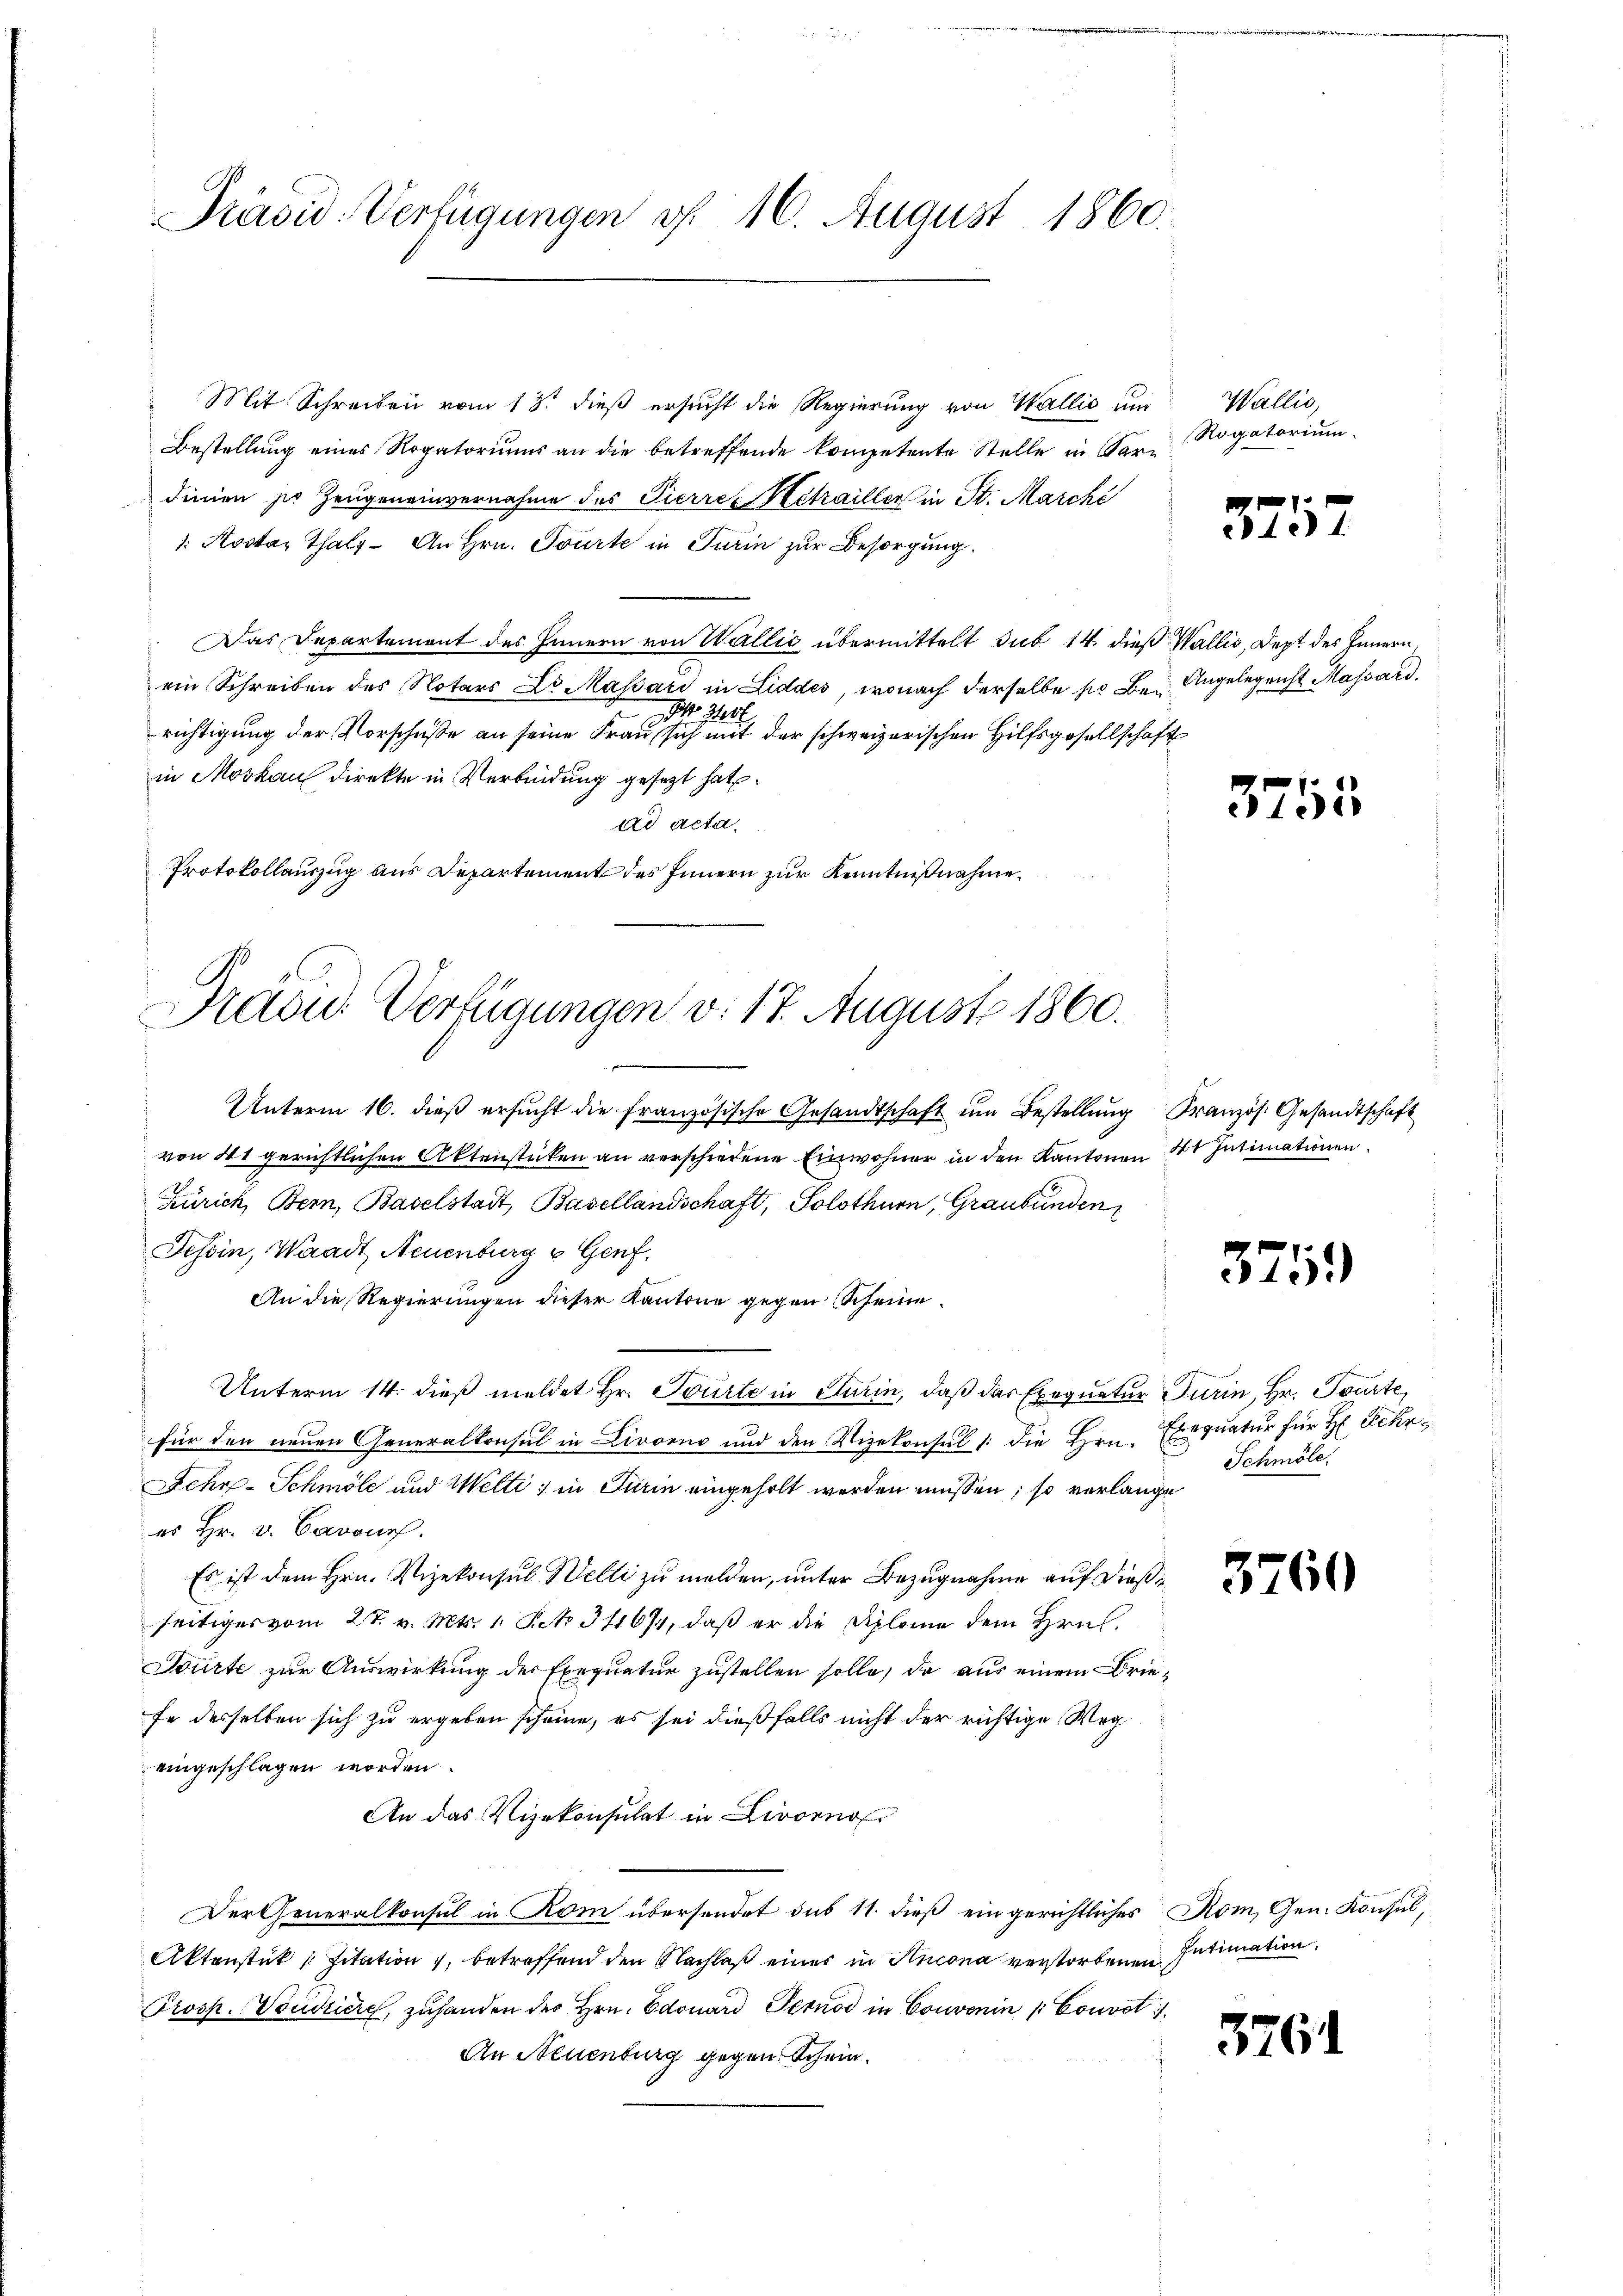
Prävid-Verfügungen f. 16. August 1860.

Mit Schreiben vom 18. dieß ersucht die Regierung von Wallis um
Bestellung eines Rogatoriums an die betreffende kompetente Stelle in Sardinien pr Zeugeneinvernahme des Pierrez Betrailler in St. Marchi
1. Koster Thals - An Hrn. Tourte in Turin zur Besorgung.
Das Departement des Innern von Wallić übermittelt sub 14. dieß Wallis, Dept des Innern.
ein Schreiben des Notars Dr Massari in Liddes, wonach derselbe so bei Angelegenst Massard.
NNo. 310
richtigung der Vorschuße an seine Frau sich mit der schweizerischen Hilfsgesellschaft
in Moskau direkte in Verbindung gesezt hat
ad acta.
Protokollauszug aus Departement des Innern zur Kenntnißnahme

Präsid. Verfügungen v. 17. August 1860.

Unterm 16. dieβ ersŭcht die französische Gesandtschaft ŭm Bestellŭng Französ. Gesandtschaft
von 41 gerichtlichen Aktenstücken an verschiedene Einwohner in den Kantonen 1t Intimationen.
Zürich, Bern, Baselstadt, Basellandschaft, Solothurn, Graubünden
Tessin, Waadt, Neuenburg v. Genf.
An die Regierungen dieser Kantone gegen Scheine
Unterm 14. dieß meldet Hr. Tourte in Turin, daß das Exequatur Turin, Hr. Tourte,
für den neuen Generalkonsul in Livorno und den Vizekonsul /: die Hrn.
Schr-Schmöle und Welti, in Turin eingeholt werden müssen, so verlange
es Hr. v. Barons.
Es ist dem Hrn. Vizekonsul Welti zu melden, unter Bezugnahme auf dieße
seitiges vom 27. v. Mts. 1. Pct. 34694, daß er die Diplome dem Hrn.
Bürte zur Auswirkung des Exequatur zustellen solle, da aus einem Briefe desselben sich zu ergeben scheine, es sei dießfalls nicht der richtige Weg
eingeschlagen worden.
An das Vizekonsulat in Livorno
Der Generalkonsul in Rom übersendet das 11. dieß eingerichtliches Rom, Gen. Konsul,
Aktenstük Zitation 7, betreffend den Nachlaß einer in Ancona verstorbenen Intimation
Prosp. Vondiere, zuhanden des Hrn. Edouard Pernod in Convenin " Couvel
An Steuenburg gegen Schein.

Wallis,
Rogatorium

3757

3755

375.

Exequatur für H: Rehr
Schmöle

3760

3761